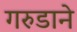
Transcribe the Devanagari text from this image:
गरुडाने